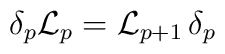
\delta_p {\cal L}_p = {\cal L}_{p+1} \, \delta_p